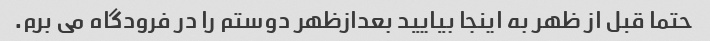
حتما قبل از ظهر به اینجا بیایید بعدازظهر دوستم را در فرودگاه می برم.